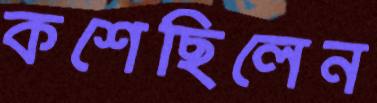
কশেছিলেন